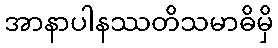
အာနာပါနဿတိသမာဓိမှိ